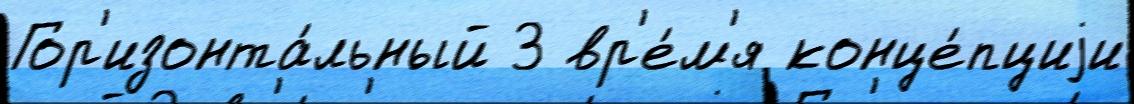
Гор'изонта́льный 3 вр'е́м'я конце́пциjи